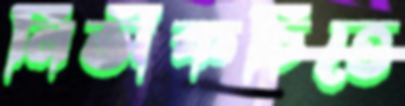
নির্ভীকচিত্তে